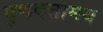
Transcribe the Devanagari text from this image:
गुणवत्तामय